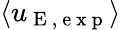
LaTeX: \langle u_{\mathrm{~E~,~e~x~p~}}\rangle